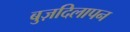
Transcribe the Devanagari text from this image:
बुज़दिलापन